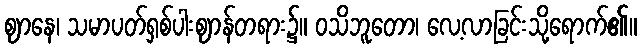
ဈာနေ၊ သမာပတ်ရှစ်ပါးဈာန်တရား၌။ ဝသိဘူတော၊ လေ့လာခြင်းသို့ရောက်၏။